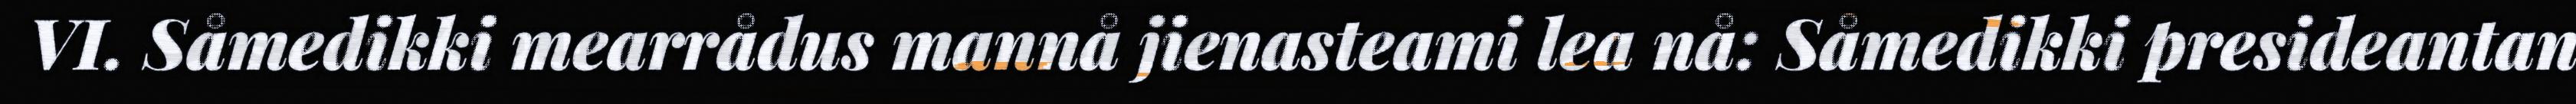
VI. Såmedikki mearrådus mannå jienasteami lea nå: Såmedikki presideantan